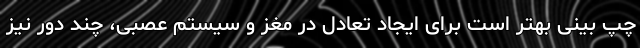
چپ بینی بهتر است برای ایجاد تعادل در مغز و سیستم عصبی، چند دور نیز